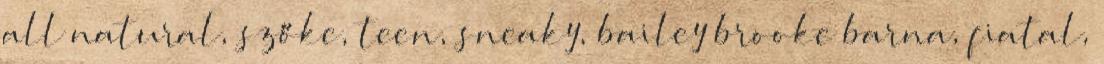
all natural, szőke, teen, sneaky, bailey brooke barna, fiatal,